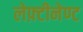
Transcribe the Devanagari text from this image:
लेफ़्टीनेण्ट